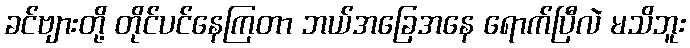
ခင်ဗျားတို့ တိုင်ပင်နေကြတာ ဘယ်အခြေအနေ ရောက်ပြီလဲ မသိဘူး